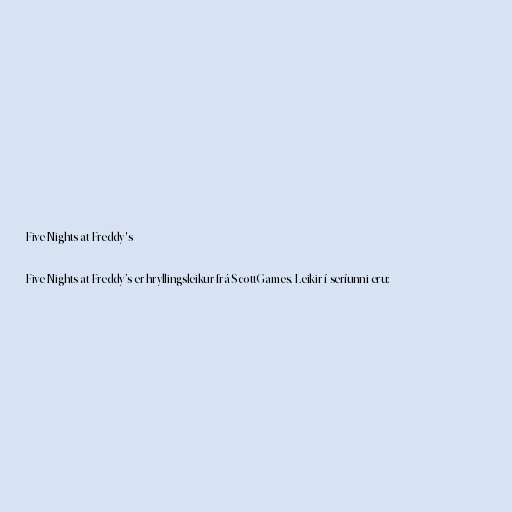
Five Nights at Freddy's

Five Nights at Freddy’s er hryllingsleikur frá ScottGames. Leikir í seríunni eru: